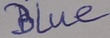
Text: Blue